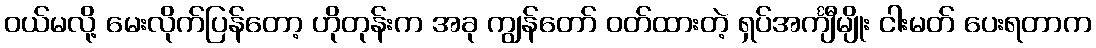
ဝယ်မလို့ မေးလိုက်ပြန်တော့ ဟိုတုန်းက အခု ကျွန်တော် ဝတ်ထားတဲ့ ရှပ်အင်္ကျီမျိုး ငါးမတ် ပေးရတာက